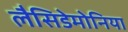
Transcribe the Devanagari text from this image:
लैसिडेमोनिया